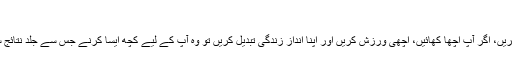
‘
’میں مشورہ دیتا ہو کہ آپ ایسا نہ کریں، اگر آپ اچھا کھائیں، اچھی ورزش کریں اور اپنا انداز زندگی تبدیل کریں تو وہ آپ کے لیے کچھ ایسا کرنے جس سے جلد نتائج سامنے آئیں سے زیادہ فائدہ مند ہے۔